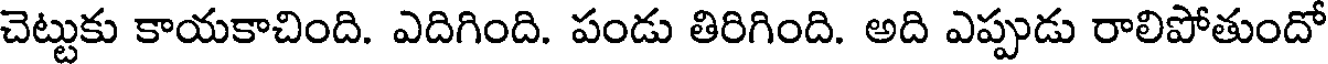
చెట్టుకు కాయకాచింది. ఎదిగింది. పండు తిరిగింది. అది ఎప్పుడు రాలిపోతుందో